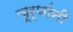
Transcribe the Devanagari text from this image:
चूर्णांनी